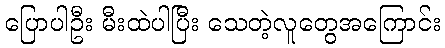
ပြောပါဦး မီးထဲပါပြီး သေတဲ့လူတွေအကြောင်း